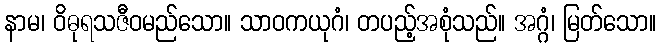
နာမ၊ ဝိဓုရသဇီဝမည်သော။ သာဝကယုဂံ၊ တပည့်အစုံသည်။ အဂ္ဂံ၊ မြတ်သော။